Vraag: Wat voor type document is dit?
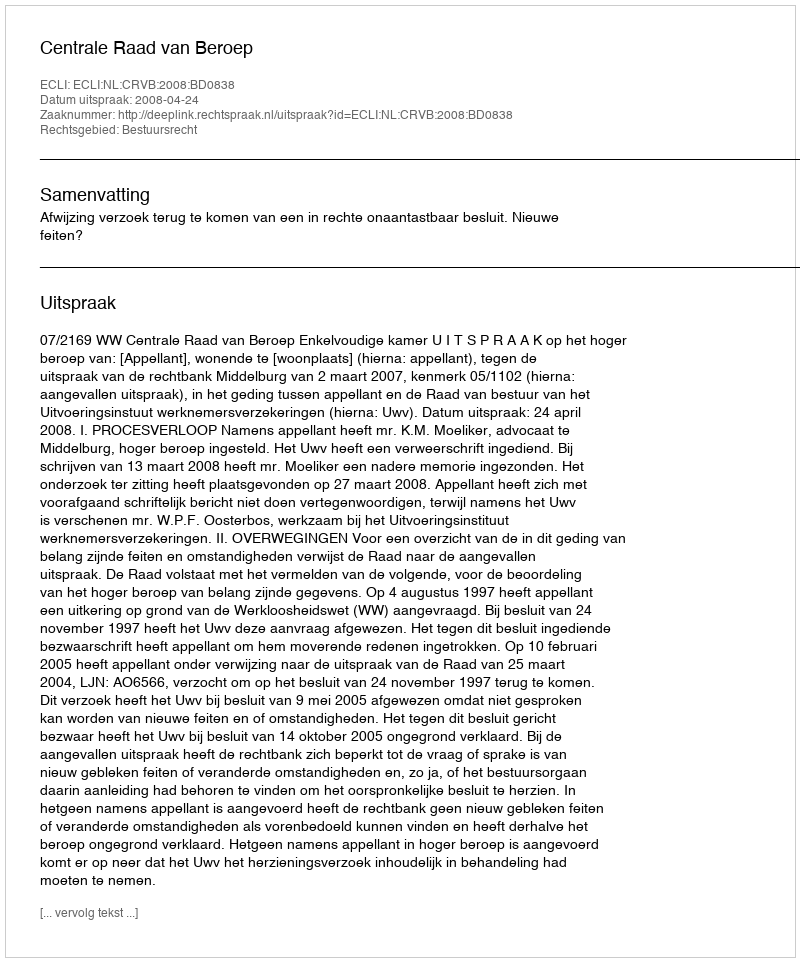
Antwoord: Uitspraak